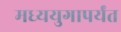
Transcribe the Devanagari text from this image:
मध्ययुगापर्यंत